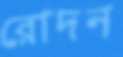
রোদন